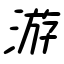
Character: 游